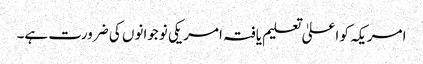
امریکہ کو اعلیٰ تعلیم یافتہ امریکی نوجوانوں کی ضرورت ہے۔